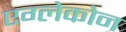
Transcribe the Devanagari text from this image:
एग्लेकोन